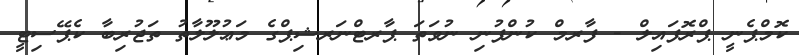
ކޮމްޕެނީ ޕްރޮފައިލް - ފާރމް ކުންފުނި ނުވަތަ ޕާރޓްނަރޝިޕްގެ މަޢުލޫލާތު ތަޖުރިބާ ކެޕޭސިޓީ